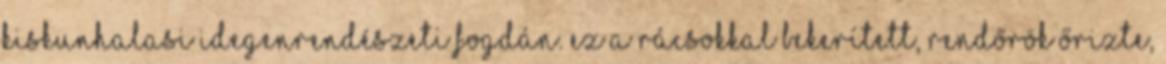
kiskunhalasi idegenrendészeti fogdán. Ez a rácsokkal bekerített, rendőrök őrizte,